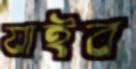
যাইব